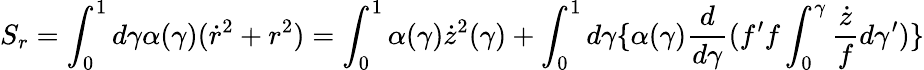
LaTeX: S_{r}=\int_{0}^{1}d\gamma\alpha(\gamma)(\dot{r}^{2}+r^{2})=\int_{0}^{1}\alpha(\gamma)\dot{z}^{2}(\gamma)+\int_{0}^{1}d\gamma\{ \alpha(\gamma)\frac{d}{d\gamma}(f^{\prime}f\int_{0}^{\gamma}\frac{\dot{z}}{f}d\gamma^{\prime})\}